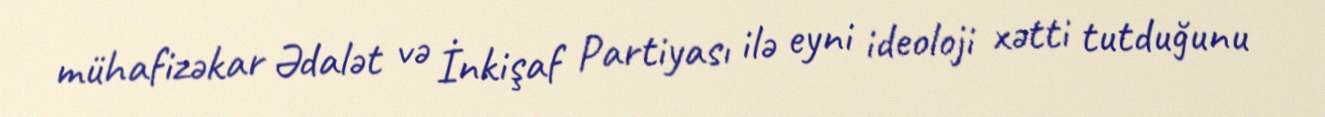
mühafizəkar Ədalət və İnkişaf Partiyası ilə eyni ideoloji xətti tutduğunu